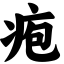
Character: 疱